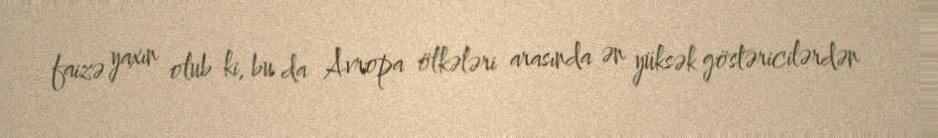
faizə yaxın olub ki, bu da Avropa ölkələri arasında ən yüksək göstəricilərdən